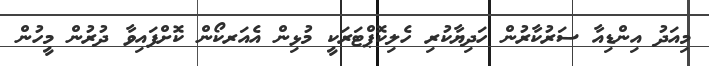
މިއަދު އިންޑިއާ ސަރުކާރުން ހަދިޔާކުރި ހެލިކޮޕްޓަރަކީ މުޅިން އެއަރކޯން ކޮށްފައިވާ ދުރުން މީހުން